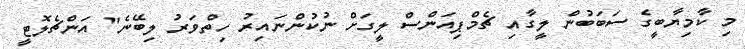
މި ކާމިޔާބީގެ ސަބަބުން ލީގާއި ޗެމްޕިއަންސް ލީގަށް ނުކުންނައިރު ހިތްވަރު ލިބޭނެ" އަންޗެލޮޓީ